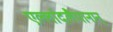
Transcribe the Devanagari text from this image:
एल्लांदलैयानान्